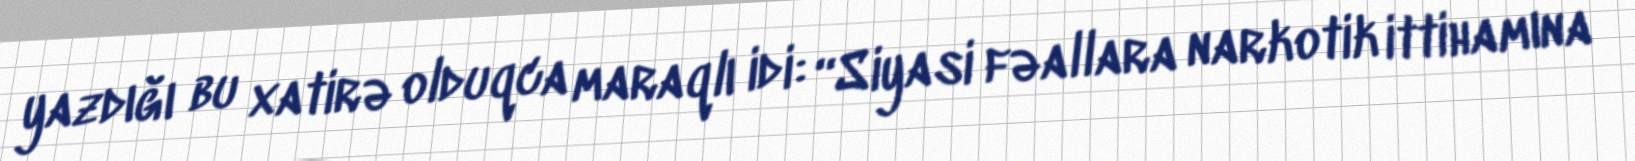
yazdığı bu xatirə olduqca maraqlı idi: “Siyasi fəallara narkotik ittihamına